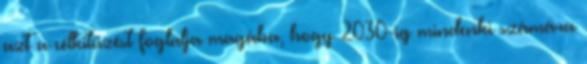
azt a célkitűzést foglalja magába, hogy 2030-ig mindenki számára